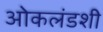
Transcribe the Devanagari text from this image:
ओकलंडशी